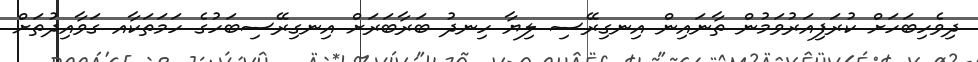
ދިވެހިބަހަށް ކުރަފިއަރުވަމުން ތާނައިން އިނގިރޭސި ލިޔާ ހިނދު ބަރާބަރަށް އިނގިރޭސިބަހުގެ ހަމަތަކާއ ގަވާއިދުތަށް